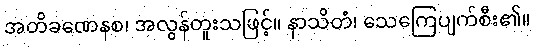
အတိခဏေနစ၊ အလွန်တူးသဖြင့်။ နာသိတံ၊ သေကြေပျက်စီး၏။